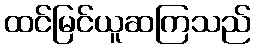
ထင်မြင်ယူဆကြသည်